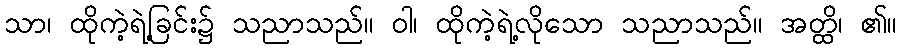
သာ၊ ထိုကဲ့ရဲ့ခြင်း၌ သညာသည်။ ဝါ၊ ထိုကဲ့ရဲ့လိုသော သညာသည်။ အတ္ထိ၊ ၏။